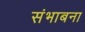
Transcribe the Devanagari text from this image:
संभाबना